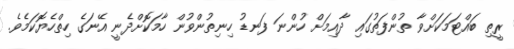
ރީތި ބައްޓަމަކަށްވާ ތުންފަތުގައި ދާއިމަށް ހުންނަ ފަނޑު ހިނިތުންވުން ހާމަކޮށްދެނީ އޭނަގެ ހިތްހެޔޮކަމެވެ.